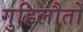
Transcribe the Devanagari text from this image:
गुहिलौतों